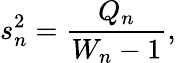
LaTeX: s_{n}^{2}={\frac{Q_{n}}{W_{n}-1}},